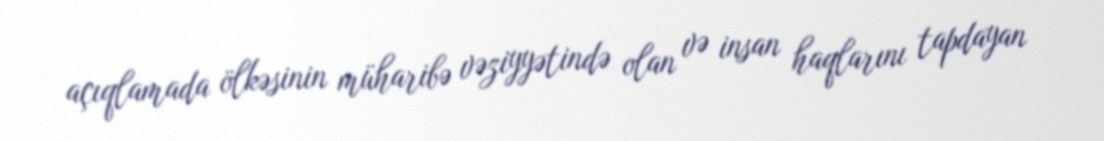
açıqlamada ölkəsinin müharibə vəziyyətində olan və insan haqlarını tapdayan